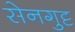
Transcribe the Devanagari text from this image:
सेनगुट्ट